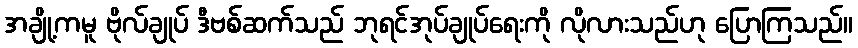
အချို့ကမူ ဗိုလ်ချုပ် ဒီဗစ်ဆက်သည် ဘုရင်အုပ်ချုပ်ရေးကို လိုလားသည်ဟု ပြောကြသည်။